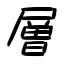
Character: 層